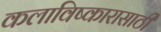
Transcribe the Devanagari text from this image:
कलाविष्कारासाठी